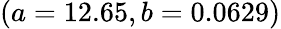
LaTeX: (a=12.65,b=0.0629)